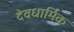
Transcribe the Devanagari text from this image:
देवधार्मिक